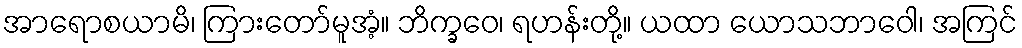
အာရောစယာမိ၊ ကြားတော်မူအံ့။ ဘိက္ခဝေ၊ ရဟန်းတို့။ ယထာ ယောသဘာဝေါ၊ အကြင်